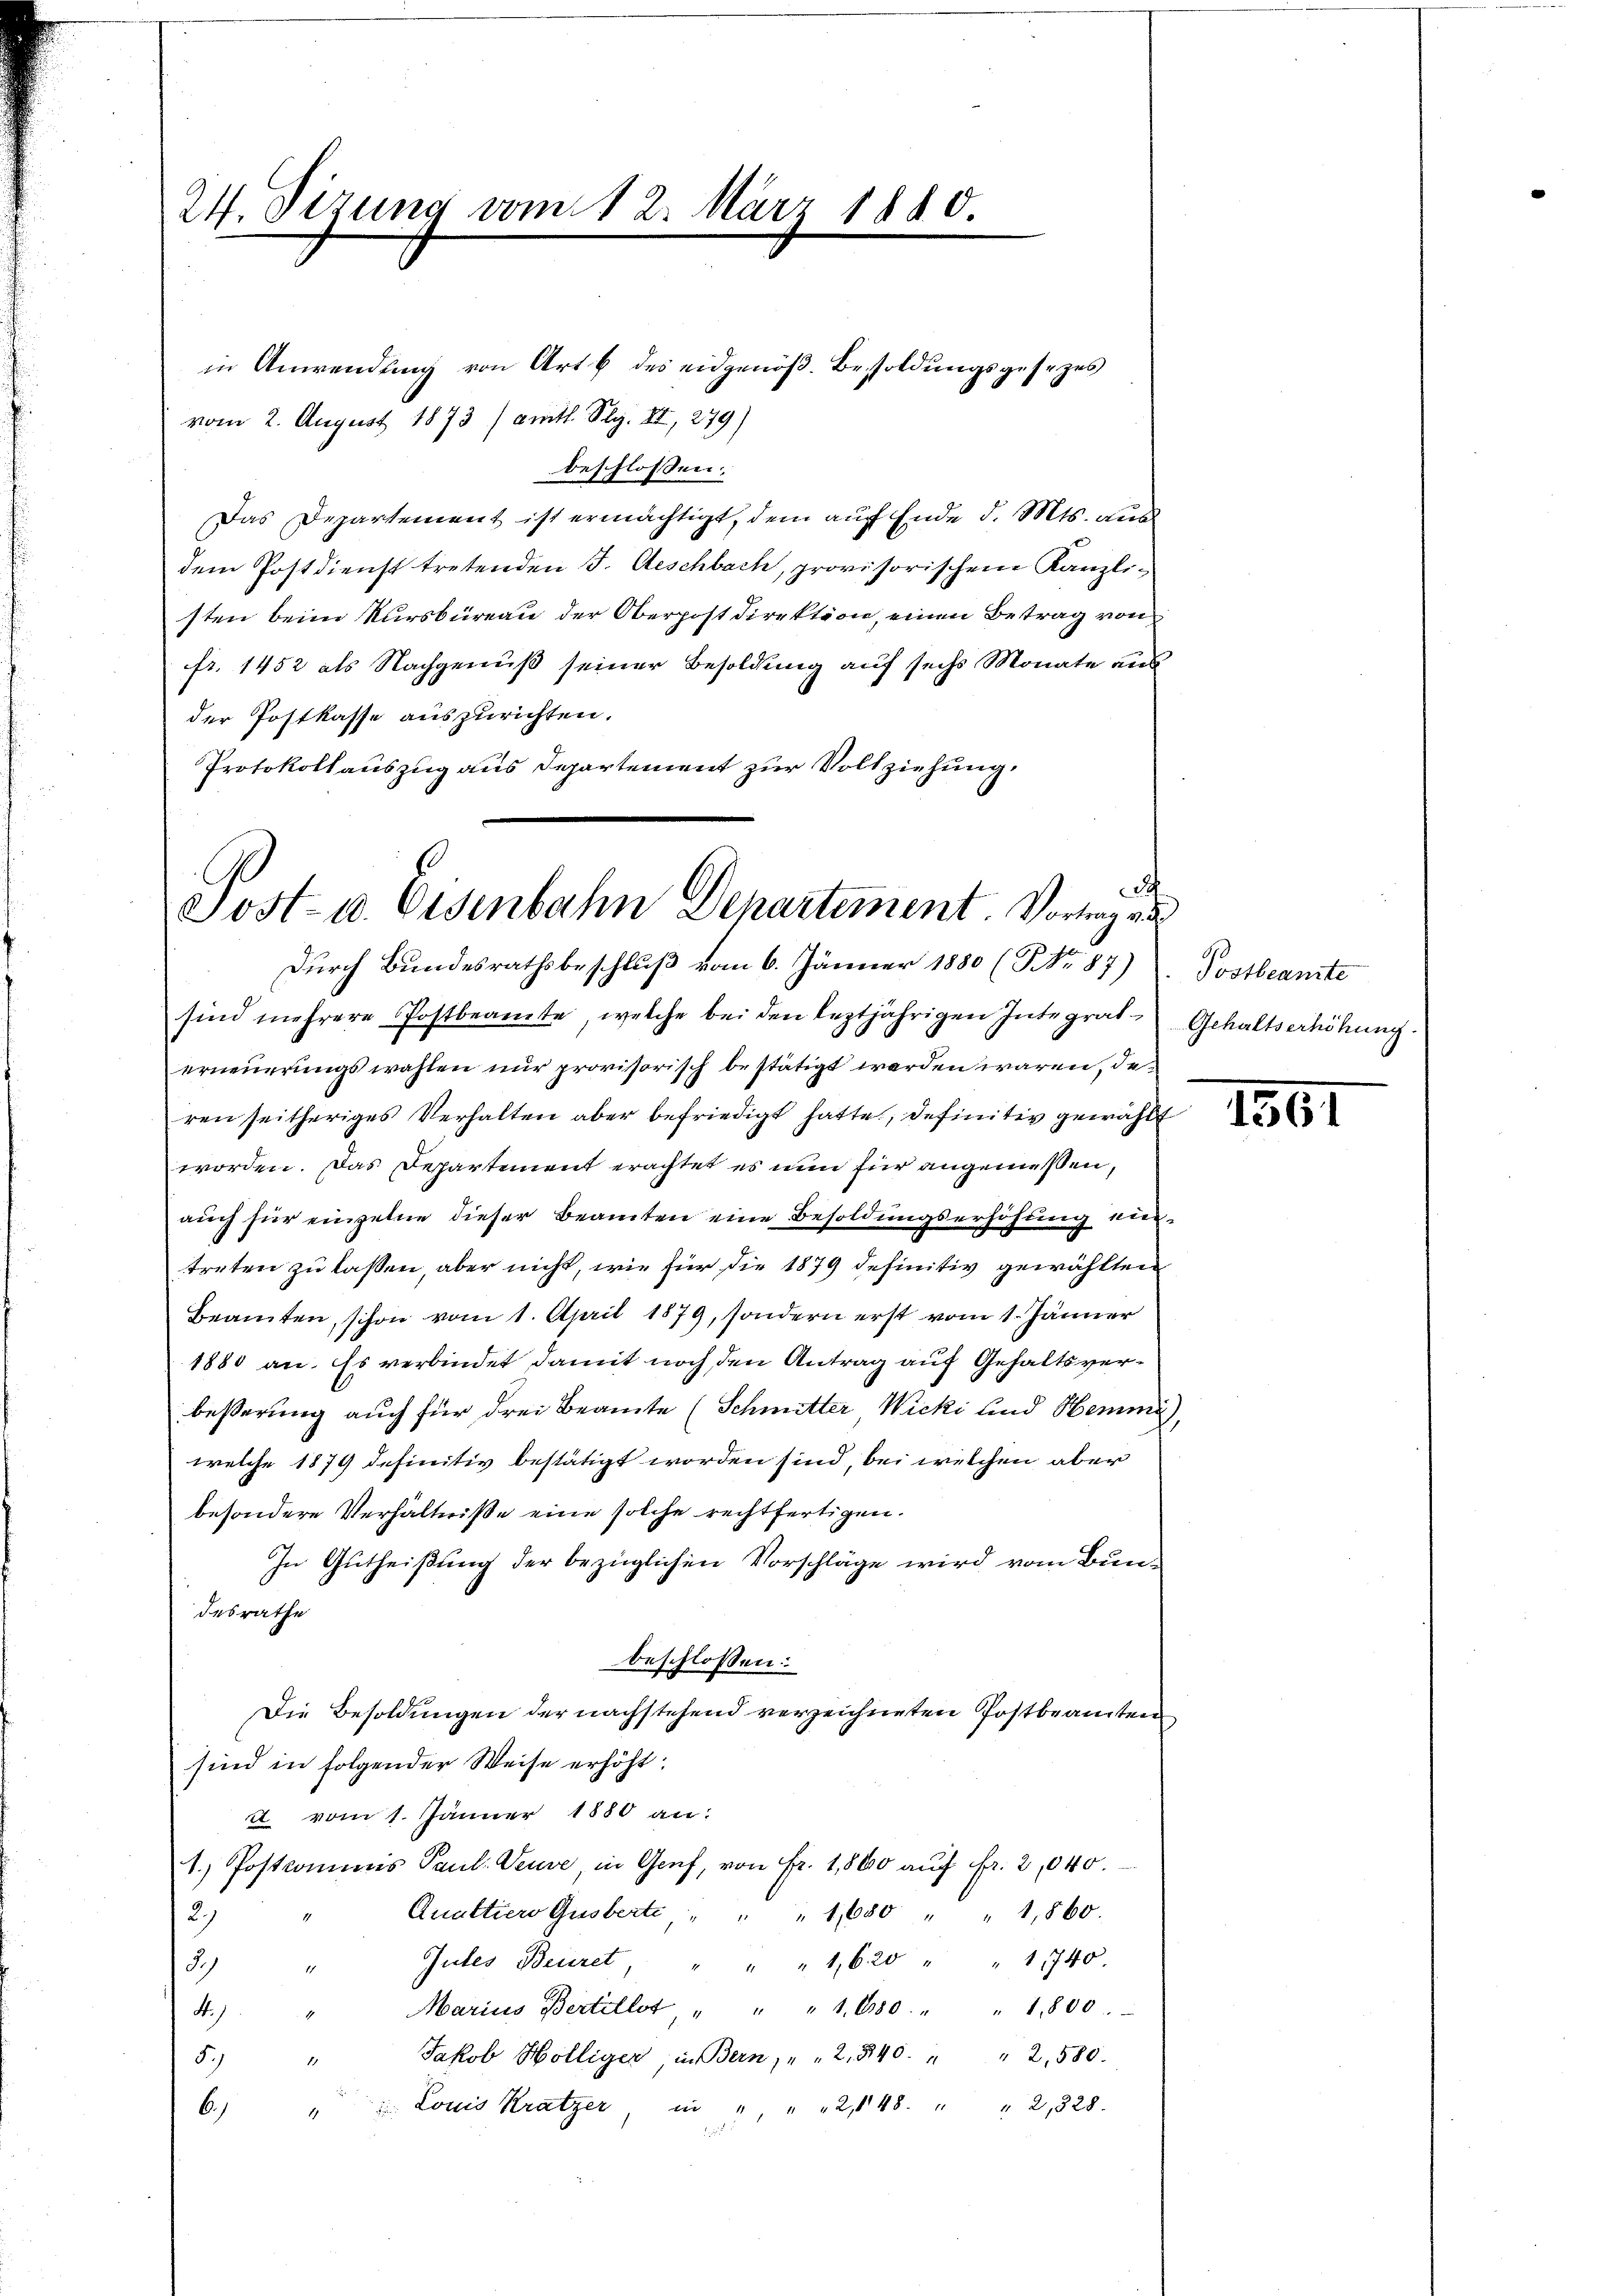
24. Sizung vom 12. März 1840.

vom 2. August 1873 / amtl. Plg. II, 279)
beschlossen:
Das Departement ist ermächtigt, dem auf Ende d. Mts. aus
dem Postdienst tretenden J. Aeschbach, provisorischem Kanzli-
sten beim Kursbüreau der Oberpost Direktion, einen Betrag von
fr. 1452 als Nachgenuß seiner Besoldung auf sechs Monate aus
der Postkasse auszurichten.
Protokollauszug aus Departement zur Vollziehung.

t
Sost- u. Eisenbahn Departement. Vortrag vo
Durch Bundesrathsbeschluß vom 6. Jänner 1880 (No 87) Postbeamte

in Anwendung von Art. 6 des eidgenöß. Besoldŭngsgesezes

sind mehrere Postbeamte, welche bei den leztjährigen Integrat Gehaltserhöhung.
erneuerungswahlen nur provisorisch bestätigt werden wären, de
ren seitheriges Verhalten aber befriedigt hatte, definitiv gewählt
worden. Das Departement erachtet es nun für angemessen,
auch für einzelne dieser Beamten eine Besoldungserhöhung eintreten zu lassen, aber nicht, wie für die 1879 definitiv gewählten
Beamten, schon vom 1. April 1879, sondern erst vom 1. Jänner
1880 an. Es verbindet damit noch den Antrag auf Gehaltsverbesserung auch für drei Beamte (Schmitter Wicki und Hemme,
welche 1879 definitiv bestätigt worden sind, bei welchen aber
besondere Verhältniße eine solche rechtfertigen.
In Gutheißung der bezüglichen Vorschläge wird vom Bundesrathe
beschlossen:
Die Besoldungen der nachstehend verzeichneten Postbeamten
sind in folgender Weise erhöht:
u vom 1. Jänner 1880 an:
1. Postkommnis Paul Veuve, in Genf, von Fr. 1,800 auf Fr. 2,040.
Quattiers Guberte " " " 1680 " " 1,860.
4
2)
Gutes Beieret, " " " 1620 " " 11740.
12
1
Marius Bertillst " " " 1. 680. " " 1,800.
A.).
Jakob Hölliger, in Bern, " " 2. 540. " " 2,580.
5.)
 Louis Kratzer, in " " " 2,148. " " 2, 828.
6.)

1561